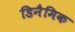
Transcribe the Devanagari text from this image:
डिनैमिक